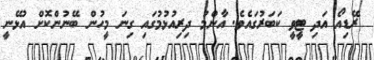
ރޭޑިއޯ އަދި ޓީވީ ކަބަރުގައެވެ. އާންމު ދިރިއުޅުމުގައި ގިނަ މީހުން ބޭނުންކޮށް އުޅޭނީ